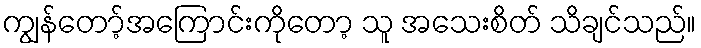
ကျွန်တော့်အကြောင်းကိုတော့ သူ အသေးစိတ် သိချင်သည်။